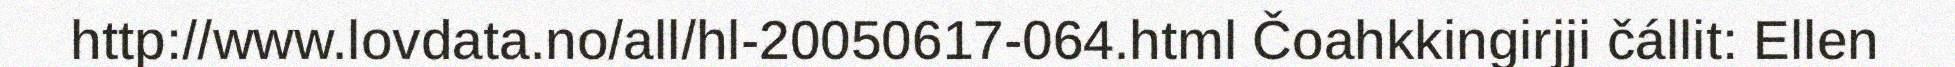
http://www.lovdata.no/all/hl-20050617-064.html Čoahkkingirjji čállit: Ellen